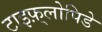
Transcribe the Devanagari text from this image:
टाइफ़्लोपिडे